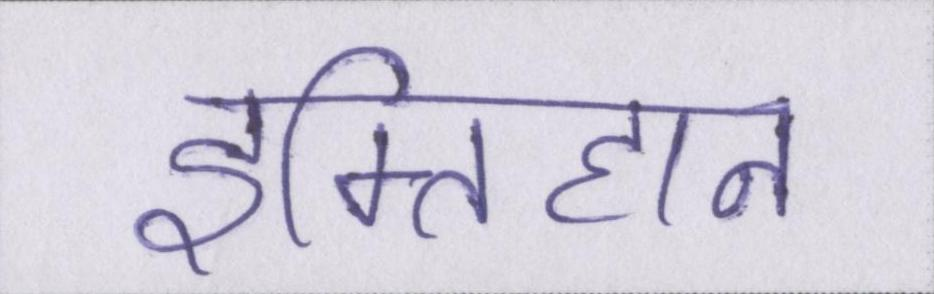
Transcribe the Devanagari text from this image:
इम्तिहान